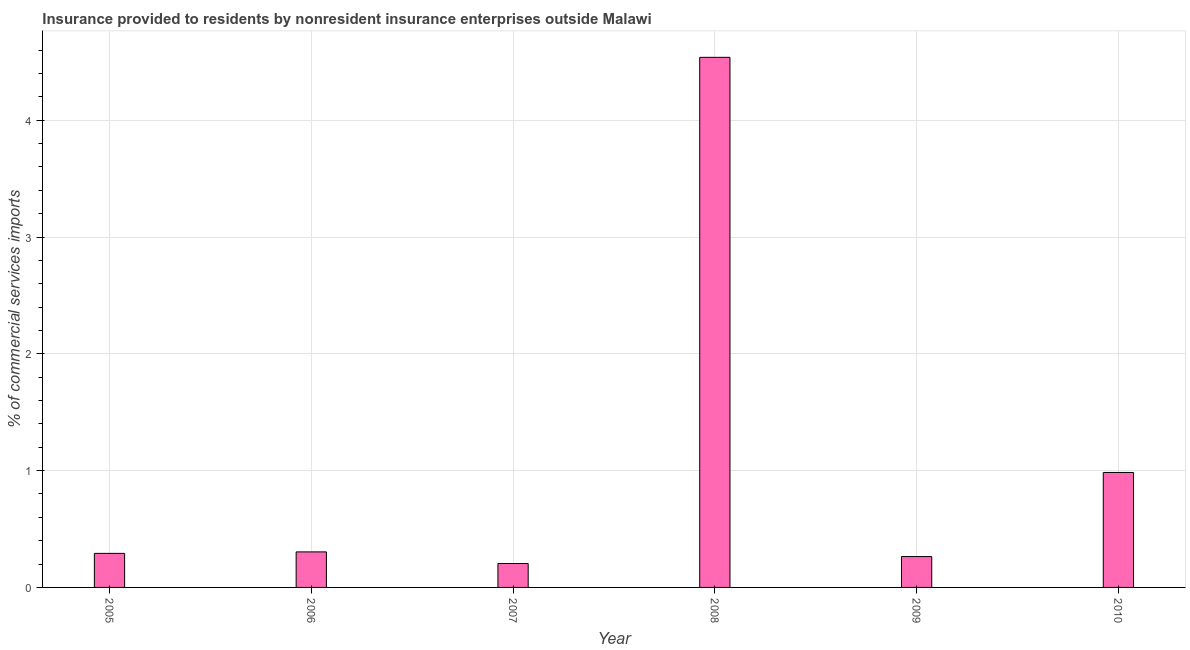
| Year | Insurance provided by non-residents |
 | --- | --- |
 | 2005 | 0.291 |
 | 2006 | 0.304 |
 | 2007 | 0.205 |
 | 2008 | 4.54 |
 | 2009 | 0.264 |
 | 2010 | 0.984 |